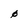
Character: 0